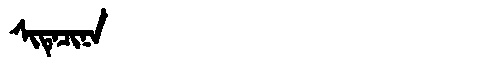
Manchu: ᠰᡳᡨᡝᠴᡳᠨᠠ
Romanization: SITECINA